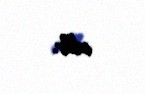
edilir.